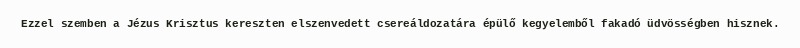
Ezzel szemben a Jézus Krisztus kereszten elszenvedett csereáldozatára épülő kegyelemből fakadó üdvösségben hisznek.